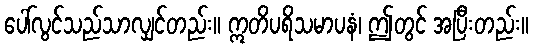
ပေါ်လွင်သည်သာလျှင်တည်း။ ဣတိပရိသမာပနံ၊ ဤတွင် အပြီးတည်း။